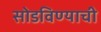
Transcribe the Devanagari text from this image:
सोडविण्याची